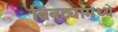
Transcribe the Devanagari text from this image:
बिबट्यांमध्ये